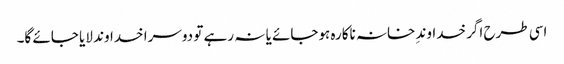
اسی طرح اگر خداوندِ خانہ ناکارہ ہوجائے یا نہ رہے تو دوسرا خداوند لایا جائے گا۔